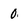
Character: 0